Medical and sanitary report of the native army of Madras for the year
Year: 1872
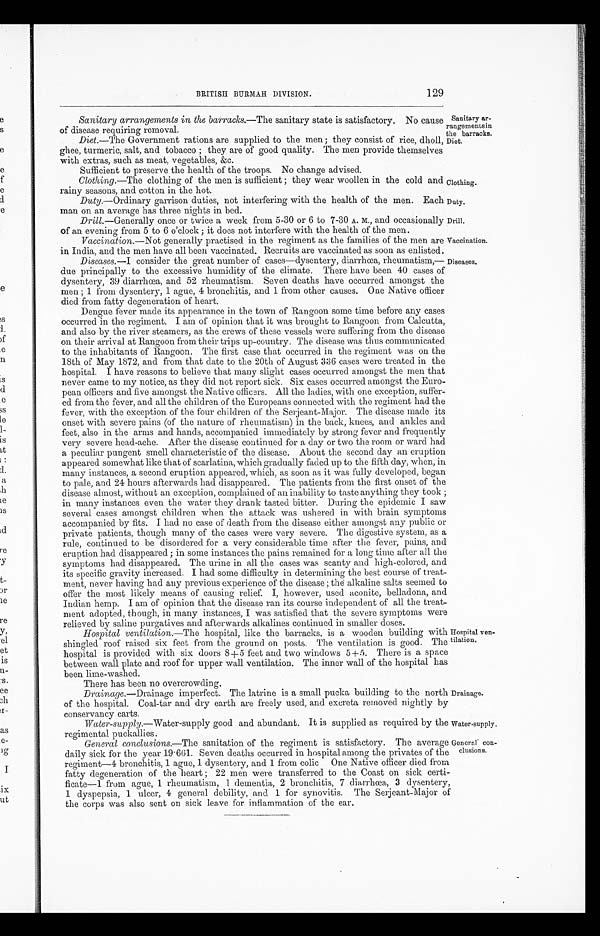
Sanitary ar-
rangementsin
the barracks.
Diet
.
Drill.
Vaccination.
129
BRITISH BURMAH DIVISION.
Sanitary arrangements in the barracks.—The sanitary state is satisfactory. No cause
of disease requiring removal.
Diet.—The Government rations are supplied to the men; they consist of rice, dholl,
ghee, turmeric, salt, and tobacco; they are of good quality. The men provide themselves
with extras, such as meat, vegetables, &c.
Sufficient to preserve the health of the troops. No change advised.
Clothing.—The clothing of the men is sufficient; they wear woollen in the cold and
rainy seasons, and cotton in the hot.
Clothing.
Duty.—Ordinary garrison duties, not interfering with the health of the men.
Each man on an average has three nights in bed.
Duty.
Drill .—Generally once or twice a week from 5-30 or 6 to 7-30 A. M., and occasionally
of an evening from 5 to 6 o'clock; it does not interfere with the health of the men.
Vaccination.—Not generally practised in the regiment as the families of the men are
in India, and the men have all been vaccinated. Recruits are vaccinated as soon as enlisted.
Diseases.—I consider the great number of cases—dysentery, diarrhœa, rheumatism,—
due principally to the excessive humidity of the climate. There have been 40 cases of
dysentery, 39 diarrhœa, and 52 rheumatism. Seven deaths have occurred amongst the
men; 1 from dysentery, 1 ague, 4 bronchitis, and 1 from other causes. One Native officer
died from fatty degeneration of heart.
Dengue fever made its appearance in the town of Rangoon some time before any cases
occurred in the regiment. I am of opinion that it was brought to Rangoon from Calcutta,
and also by the river steamers, as the crews of these vessels were suffering from the disease
on their arrival at Rangoon from their trips up-country. The disease was thus communicated
to the inhabitants of Rangoon. The first case that occurred in the regiment was on the
18th of May 1872, and from that date to the 20th of August 336 cases were treated in the
hospital. I have reasons to believe that many slight cases occurred amongst the men that
never came to my notice, as they did not report sick. Six cases occurred amongst the Euro-
pean officers and five amongst the Native officers. All the ladies, with one exception, suffer-
ed from the fever, and all the children of the Europeans connected with the regiment had the
fever, with the exception of the four children of the Serjeant-Major. The disease made its
onset with severe pains (of the nature of rheumatism) in the back, knees, and ankles and
feet, also in the arms and hands, accompanied immediately by strong fever and frequently
very severe head-ache. After the disease continued for a day or two the room or ward had
a peculiar pungent smell characteristic of the disease. About the second day an eruption
appeared somewhat like that of scarlatina, which gradually faded up to the fifth day, when, in
many instances, a second eruption appeared, which, as soon as it was fully developed, began
to pale, and 24 hours afterwards had disappeared. The patients from the first onset of the
disease almost, without an exception, complained of an inability to taste anything they took;
in many instances even the water they drank tasted bitter. During the epidemic I saw
several cases amongst children when the attack was ushered in with brain symptoms
accompanied by fits. I had no case of death from the disease either amongst any public or
private patients, though many of the cases were very severe. The digestive system, as a
rule, continued to be disordered for a very considerable time after the fever, pains, and
eruption had disappeared; in some instances the pains remained for a long time after all the
symptoms had disappeared. The urine in all the cases was scanty and high-colored, and
its specific gravity increased. I had some difficulty in determining the best course of treat--
ment, never having had any previous experience of the disease; the alkaline salts seemed to
offer the most likely means of causing relief. I, however, used aconite, belladona, and
Indian hemp. I am of opinion that the disease ran its course independent of all the treat-
ment adopted, though, in many instances, I was satisfied that the severe symptoms were
relieved by saline purgatives and afterwards alkalines continued in smaller doses.
Diseases.
Hospital ventilation.—The hospital, like the barracks, is a wooden building with
shingled roof raised six feet from the ground on posts. The ventilation is good. The
hospital is provided with six doors 8+5 feet and two windows 5+5. There is a space
between wall plate and roof for upper wall ventilation. The inner wall of the hospital has
been lime-washed.
There has been no overcrowding.
Drainage. —Drainage imperfect. The latrine is a small pucka building to the north
of the hospital. Coal-tar and dry earth are freely used, and excreta removed nightly by
conservancy carts.
Hospital ven--
tilation.
Drainage.
Water-supply .—Water-supply good and abundant. It is supplied as required by the
regimental puckallies.
General conclusions.—The sanitation of the regiment is satisfactory. The average
daily sick for the year 19.661. Seven deaths occurred in hospital among the privates of the
regiment—4 bronchitis, 1 ague, 1 dysentery, and 1 from colic One Native officer died from
fatty degeneration of the heart; 22 men were transferred to the Coast on sick certi--
ficate—1 from ague, 1 rheumatism, 1 dementia, 2 bronchitis, 7 diarrhœa, 3 dysentery,
1 dyspepsia, 1 ulcer, 4 general debility, and 1 for synovitis. The Serjeant-Major of
the corps was also sent on sick leave for inflammation of the ear.
Water-supply.
General con
-
clusions.